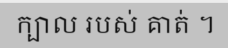
ក្បាល របស់ គាត់ ។